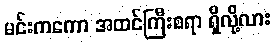
မင်းကကော အထင်ကြီးစရာ ရှိလို့လား